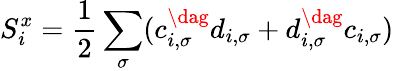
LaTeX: S_{i}^{x}=\frac{1}{2}\sum_{\sigma}(c_{i,\sigma}^{\dag}d_{i,\sigma}+d_{i,\sigma}^{\dag}c_{i,\sigma})